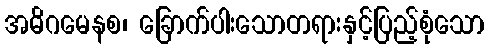
အဓိဂမေနစ၊ ခြောက်ပါးသောတရားနှင့်ပြည့်စုံသော